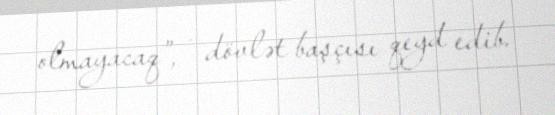
olmayacaq”, - dövlət başçısı qeyd edib.